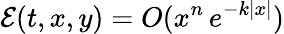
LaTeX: {\mathcal E}(t,x,y)=O(x^{n}\, e^{-k|x|})